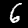
Label: 6